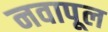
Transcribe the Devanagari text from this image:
नवापूल